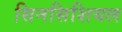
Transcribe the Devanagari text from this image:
सिनसिशियल